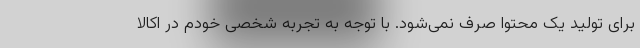
برای تولید یک محتوا صرف نمی‌شود. با توجه به تجربه شخصی خودم در اکالا